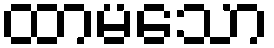
ထာမသော